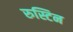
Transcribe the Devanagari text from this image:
रुस्टिन